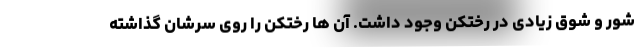
شور و شوق زیادی در رختکن وجود داشت. آن ها رختکن را روی سرشان گذاشته